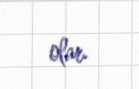
olar.